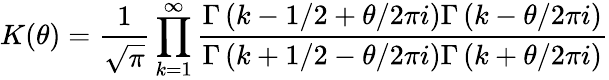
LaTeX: K(\theta)=\frac{1}{\sqrt{\pi}}\prod_{k=1}^{\infty}\frac{\Gamma\left(k-1/2+\theta/2\pi i\right)\Gamma\left(k-\theta/2\pi i\right)}{\Gamma\left(k+1/2-\theta/2\pi i\right)\Gamma\left(k+\theta/2\pi i\right)}